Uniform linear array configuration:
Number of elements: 64
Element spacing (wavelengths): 0.25
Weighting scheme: kaiser
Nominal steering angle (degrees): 30
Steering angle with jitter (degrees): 31.254
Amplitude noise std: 0.05
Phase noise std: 0.05

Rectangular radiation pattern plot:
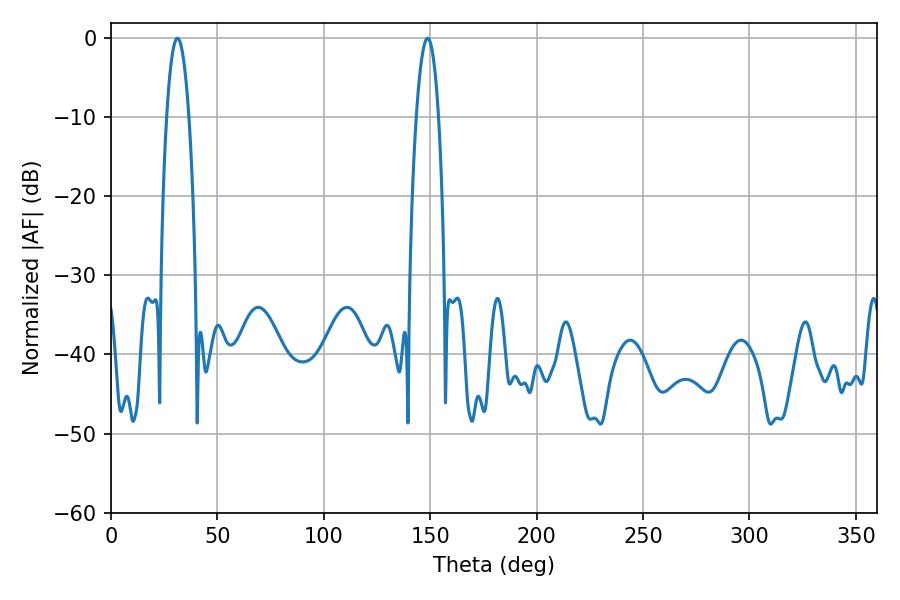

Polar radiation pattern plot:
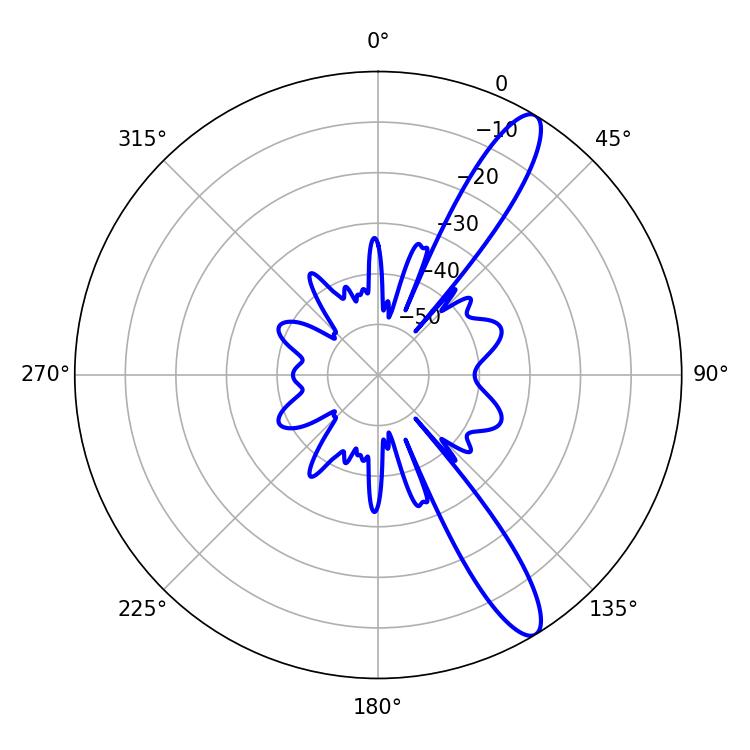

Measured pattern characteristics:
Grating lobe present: FALSE
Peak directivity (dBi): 12.481
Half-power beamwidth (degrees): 5.76
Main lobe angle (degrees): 31.14